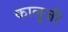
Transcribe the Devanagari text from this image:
कालूजी